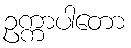
ဥက္ကာပါတော